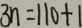
3 n = 1 1 0 + 1